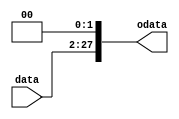
module Left2_26(data,odata);
 input [25:0] data;
 output reg [27:0] odata;
 
 always @(data)
 begin
		odata[27:2]<=data[25:0];
		odata[1:0]<=2'b00;
 end
endmodule